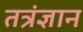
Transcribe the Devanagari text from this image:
तत्रंज्ञान